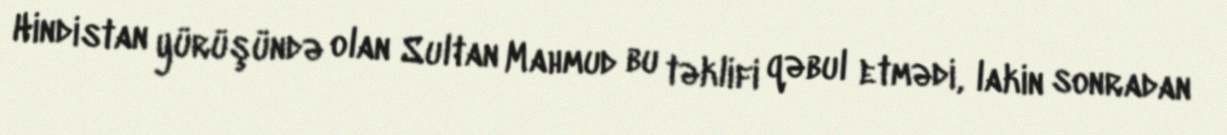
Hindistan yürüşündə olan Sultan Mahmud bu təklifi qəbul etmədi, lakin sonradan